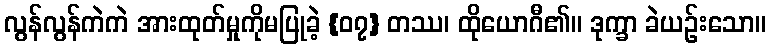
လွန်လွန်ကဲကဲ အားထုတ်မှုကိုမပြုခဲ့ {၀၇} တဿ၊ ထိုယောဂီ၏။ ဒုက္ခာ ခဲယဉ်းသော။